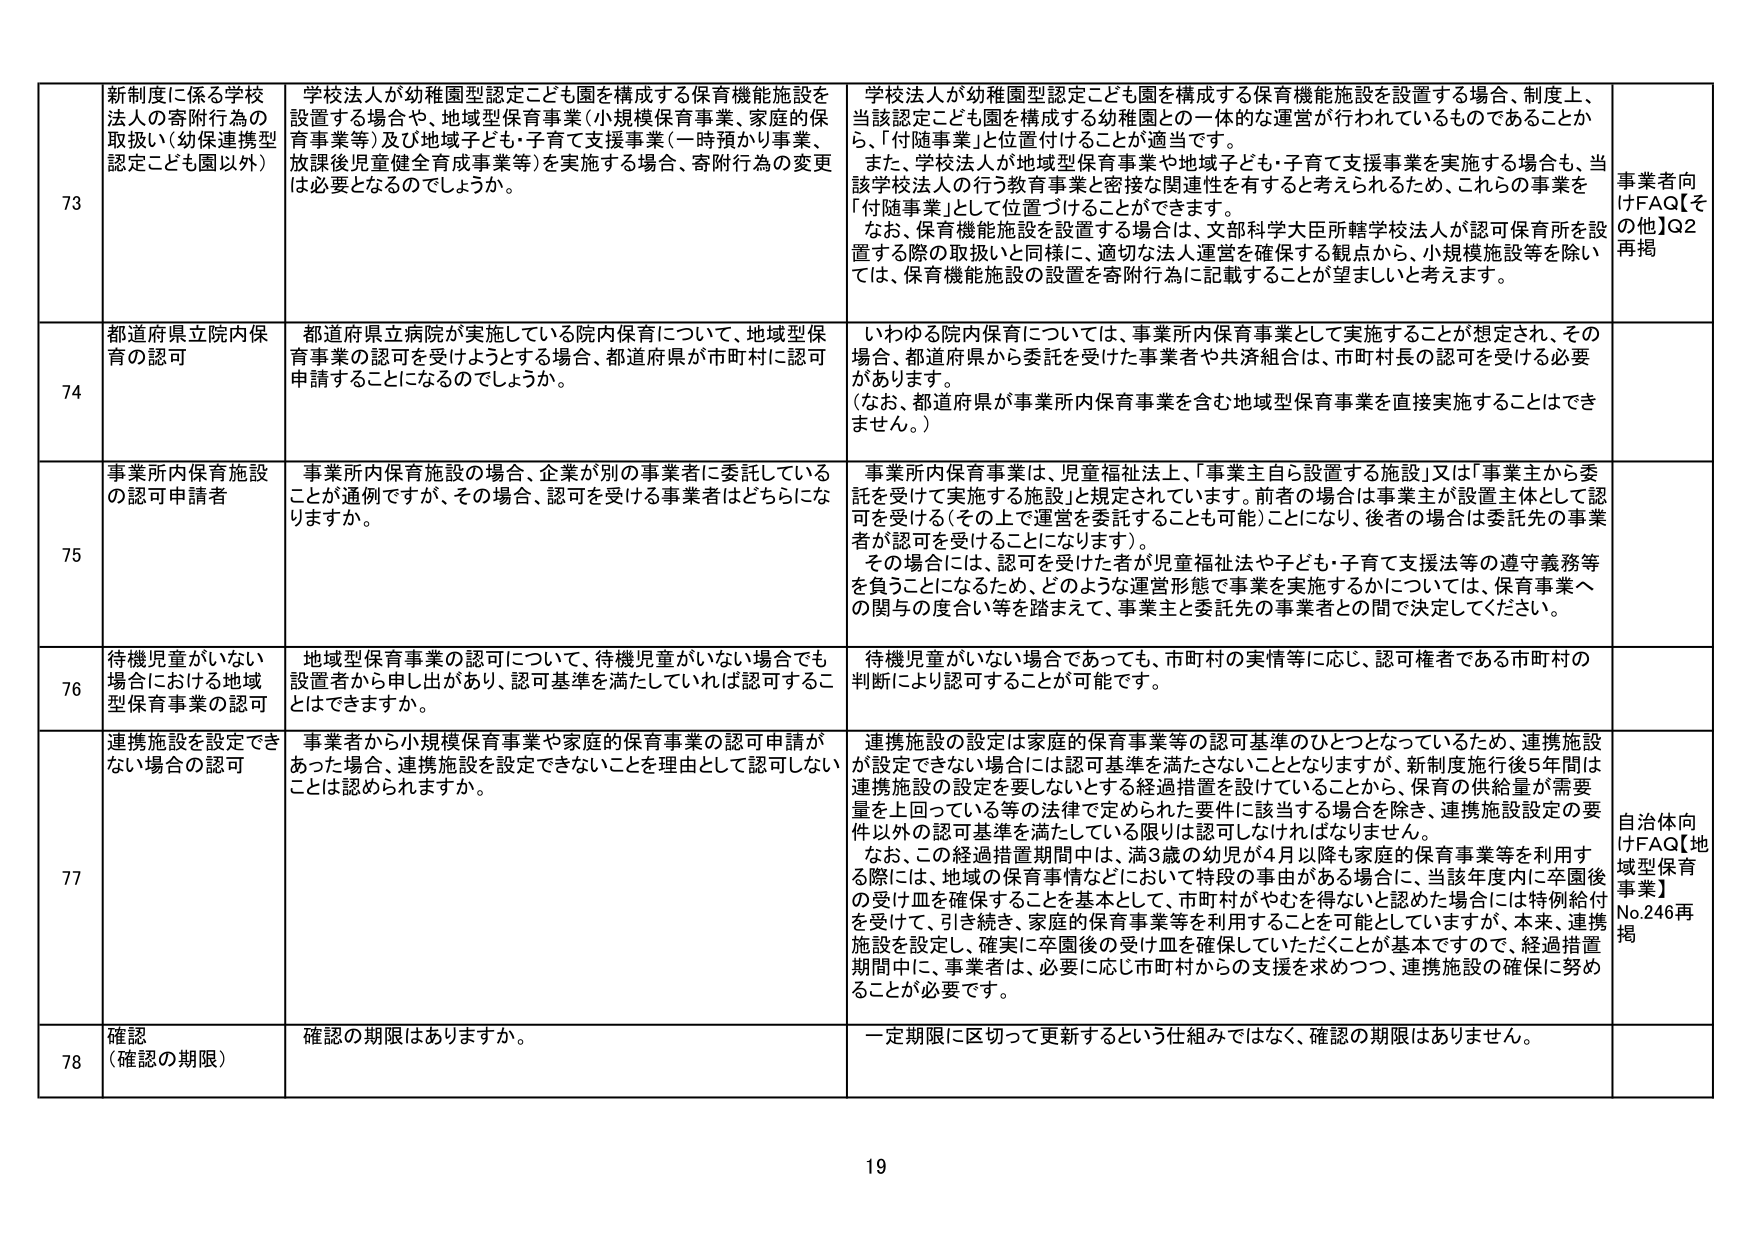
73 新制度に係る学校法人の寄附行為の取扱い（幼保連携型認定こども園以外） 学校法人が幼稚園型認定こども園を構成する保育機能施設を設置する場合や、地域型保育事業（小規模保育事業、家庭の保育事業等）及び地域子ども・子育て支援事業（一時預かり事業、放課後児童健全育成事業等）を実施する場合、寄附行為の変更は必要となるのでしょうか。 学校法人が幼稚園型認定こども園を構成する保育機能施設を設置する場合、制度上、当該認定こども園を構成する幼稚園との一体的な運営が行われているものであることから、「付随事業」と位置付けることが適当です。 また、学校法人が地域型保育事業や地域子ども・子育て支援事業を実施する場合も、当該学校法人の行う教育事業と密接な関連性を有すると考えられるため、これらの事業を「付随事業」として位置づけることができます。 なお、保育機能施設を設置する場合は、文部科学大臣所轄学校法人が認可保育所を設置する際の取扱いと同様に、適切な法人運営を確保するという観点から、小規模施設等を除いては、保育機能施設の設置を寄附行為に記載することが望ましいと考えます。 事業者向けFAQ【その他】Q2再掲

74 都道府県立院内保育の認可 都道府県立病院が実施している院内保育について、地域型保育事業の認可を受けようとする場合、都道府県が市町村に認可申請することになるのでしょうか。 いわゆる院内保育については、事業所内保育事業として実施することが想定され、その場合、都道府県から委託を受けた事業者や共済組合は、市町村長の認可を受ける必要があります。 （なお、都道府県が事業所内保育事業を含む地域型保育事業を直接実施することはできません。）

75 事業所内保育施設の認可申請者 事業所内保育施設の場合、企業が別の事業者に委託していることが通例ですが、その場合、認可を受ける事業者はどちらになりますか。 事業所内保育事業は、児童福祉法上、「事業主自ら設置する施設」又は「事業主から委託を受けて実施する施設」と規定されています。前者の場合は事業主が設置主体として認可を受ける（その上で運営を委託することも可能）ことになり、後者の場合は委託先の事業者が認可を受けることになります）。 その場合には、認可を受けた者が児童福祉法や子ども・子育て支援法等の遵守義務等を負うことになるため、どのような運営形態で事業を実施するかについては、保育事業への関与の度合い等を踏まえて、事業主と委託先の事業者との間で決定してください。

76 待機児童がいない場合における地域型保育事業の認可 地域型保育事業の認可について、待機児童がいない場合でも設置者から申し出があり、認可基準を満たしていれば認可することはできますか。 待機児童がいない場合であっても、市町村の実情等に応じ、認可権者である市町村の判断により認可することが可能です。

77 連携施設を設定できない場合の認可 事業者から小規模保育事業や家庭の保育事業の認可申請があった場合、連携施設を設定できないことを理由として認可しないことは認められますか。 連携施設の設定は家庭の保育事業等の認可基準のひとつとなっているため、連携施設が設定できない場合には認可基準を満たさないこととなりますが、新制度施行後5年間は連携施設の設定を要しないとする経過措置を設けていることから、保育の供給量が需要量を上回っている等の法律で定められた要件に該当する場合を除き、連携施設設定の要件以外の認可基準を満たしている限りは認可しなければなりません。 なお、この経過措置期間中は、満3歳の幼児が4月以降も家庭の保育事業等を利用する際には、地域の保育事情などにおいて特段の事由がある場合に、当該年度内に卒園後の受付皿を確保することを基本として、市町村がやむを得ないと認めた場合には特例給付を受けて、引き続き、家庭の保育事業等を利用することを可能としていますが、本来、連携施設を設定し、確実に卒園後の受付皿を確保していただくことが基本ですので、経過措置期間中に、事業者は、必要に応じ市町村からの支援を求めつつ、連携施設の確保に努めることが必要です。 自治体向けFAQ【地域型保育事業】No.246再掲

78 確認（確認の期限） 確認の期限はありますか。 一定期限に区切って更新するという仕組みではなく、確認の期限はありません。

19